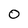
Character: 0